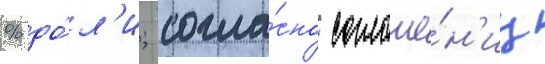
% до́л'и; согла́сно соглаше́н'иу